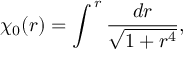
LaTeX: \chi _ { 0 } ( r ) = \int ^ { \, r } \frac { d r } { \sqrt { 1 + r ^ { 4 } } } ,